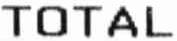
TOTAL